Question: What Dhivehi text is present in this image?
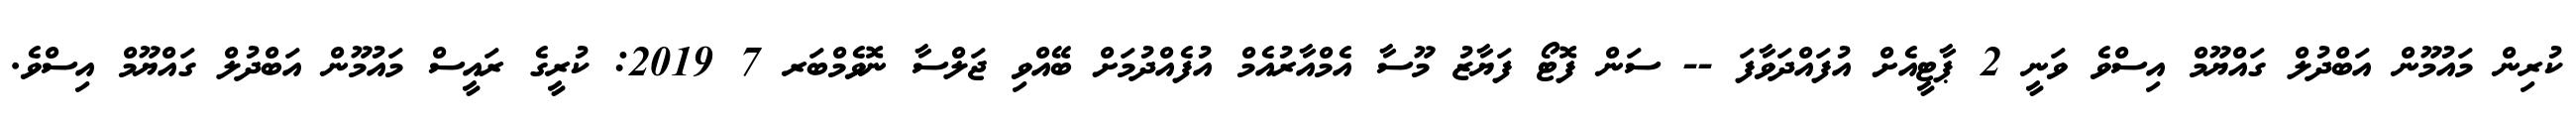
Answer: ކުރިން މައުމޫން އަބްދުލް ގައްޔޫމް އިސްވެ ވަނީ 2 ޕާޓީއެށް އުފައްދަވާފަ -- ސަން ފޮޓޯ ފަޔާޒު މޫސާ އެމްއާރުއެމް އުފެއްދުމަށް ބޭއްވި ޖަލްސާ ނޮވެމްބަރ 7 2019: ކުރީގެ ރައީސް މައުމޫން އަބްދުލް ގައްޔޫމް އިސްވެ.